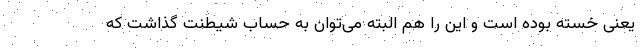
یعنی خسته بوده است و این را هم البته می‌توان به حساب شیطنت گذاشت که